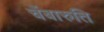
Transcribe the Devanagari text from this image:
चेंबारुति